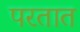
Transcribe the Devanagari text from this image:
परतात